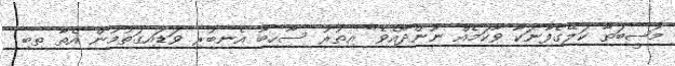
މުޞީބަތާ ކަލޭގެފާނަކާ ވާކަމެއް ނޫންދޯއެވެ" އިތުރު ސާހިބާ އެނބުރި ވަޑައިގަތުމުން އެތާ ތިބި